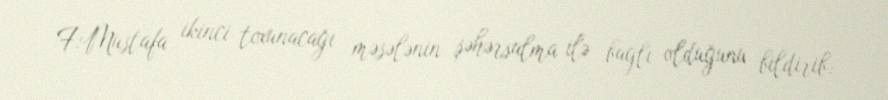
F.Mustafa ikinci toxunacağı məsələnin şəhərsalma ilə bağlı olduğunu bildirib: